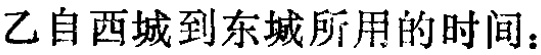
乙自西城到东城所用的时间：